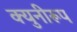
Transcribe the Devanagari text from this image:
क्युनीरूप